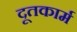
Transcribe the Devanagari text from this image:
दूतकार्म